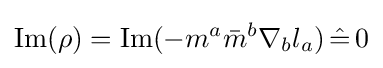
{\text{Im}}(\rho )={\text{Im}}(-m^{a}{\bar {m}}^{b}\nabla _{b}l_{a})\,{\hat {=}}\,0